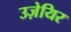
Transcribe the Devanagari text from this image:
उज़ेयिर